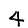
Digit: 4